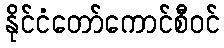
နိုင်ငံတော်ကောင်စီဝင်